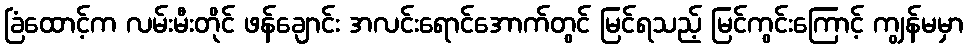
ခြံထောင့်က လမ်းမီးတိုင် ဖန်ချောင်း အလင်းရောင်အောက်တွင် မြင်ရသည့် မြင်ကွင်းကြောင့် ကျွန်မမှာ